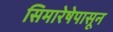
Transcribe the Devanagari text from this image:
सिमारेषेपासून